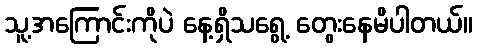
သူ့အကြောင်းကိုပဲ နေ့ရှိသရွေ့ တွေးနေမိပါတယ်။